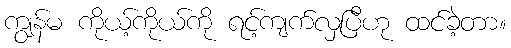
ကျွန်မ ကိုယ့်ကိုယ်ကို ရင့်ကျက်လှပြီဟု ထင်ခဲ့တာ။